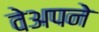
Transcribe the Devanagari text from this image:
वेअपने